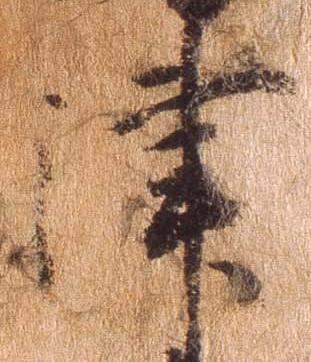
津